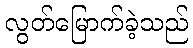
လွတ်မြောက်ခဲ့သည်